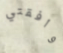
وافقتي